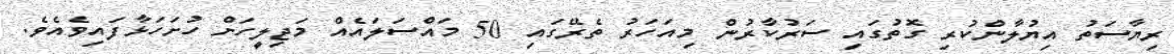
ރިޔާސަތު އިޔުލާންކުރި ގޮތުގައި ސަރުކާރުން މިއަހަރު ތެރޭގައި 50 މައްސަލައެއް މަޖިލީހަށް ހުށަހަޅާފައިވެއެވެ.